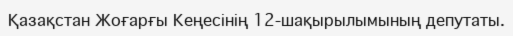
Қазақстан Жоғарғы Кеңесінің 12-шақырылымының депутаты.